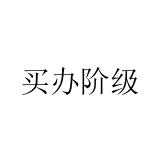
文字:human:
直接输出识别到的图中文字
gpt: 买办阶级